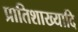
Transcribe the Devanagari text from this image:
प्रातिशाख्यादि